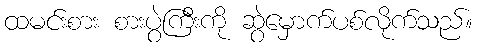
ထမင်းစား စားပွဲကြီးကို ဆွဲမှောက်ပစ်လိုက်သည်။